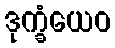
ဒုက္ခံယေဝ